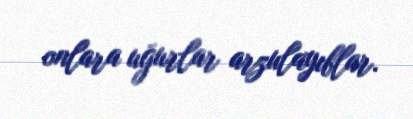
onlara uğurlar arzulayıblar.